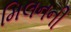
મિલનની